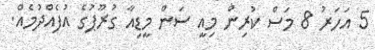
5 އަހަރު 8 މަސް ކުރިން މިއީ ސަން މީޑިއާ ގުރޫޕުގެ އުފެއްދުމެއް.